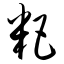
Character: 粑